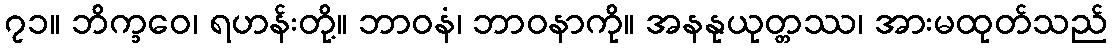
၇၁။ ဘိက္ခဝေ၊ ရဟန်းတို့။ ဘာဝနံ၊ ဘာဝနာကို။ အနနုယုတ္တဿ၊ အားမထုတ်သည်